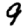
Digit: 9